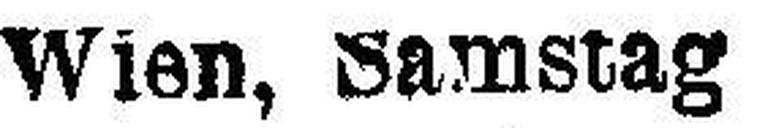
Wien, Samstag